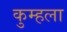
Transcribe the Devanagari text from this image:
कुम्हला